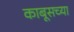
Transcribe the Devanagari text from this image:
काबूसच्या